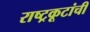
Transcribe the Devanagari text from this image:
राष्ट्रकूटांची